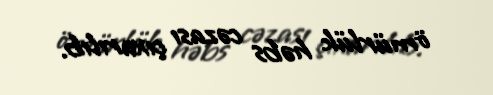
ömürlük həbs cəzası çıxarılıb.